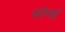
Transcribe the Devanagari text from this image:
फोनवं